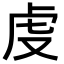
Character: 𧆛